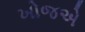
ખોજએ